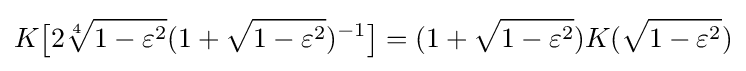
K{\bigl [}2{\sqrt[{4}]{1-\varepsilon ^{2}}}(1+{\sqrt {1-\varepsilon ^{2}}})^{-1}{\bigr ]}=(1+{\sqrt {1-\varepsilon ^{2}}})K({\sqrt {1-\varepsilon ^{2}}})